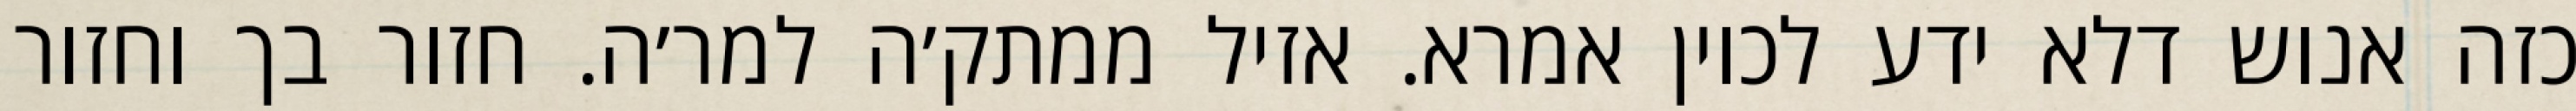
כזה אנוש דלא ידע לכוין אמרא. אזיל ממתק׳ה למר׳ה. חזור בך וחזור